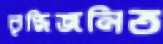
বৃদ্ধিজনিত